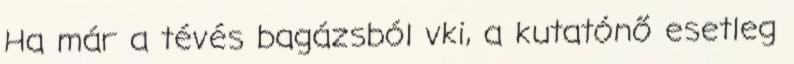
Ha már a tévés bagázsból vki, a kutatónő esetleg